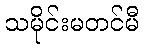
သမိုင်းမတင်မီ